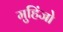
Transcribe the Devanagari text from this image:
मुहिंजो